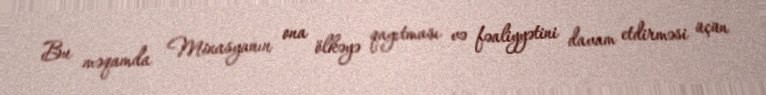
Bu məqamda Minasyanın ona ölkəyə qayıtması və fəaliyyətini davam etdirməsi üçün